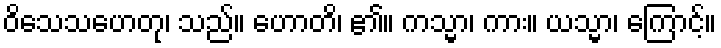
ဝိသေသဟေတု၊ သည်။ ဟောတိ၊ ၏။ ကသ္မာ၊ ကား။ ယသ္မာ၊ ကြောင့်။